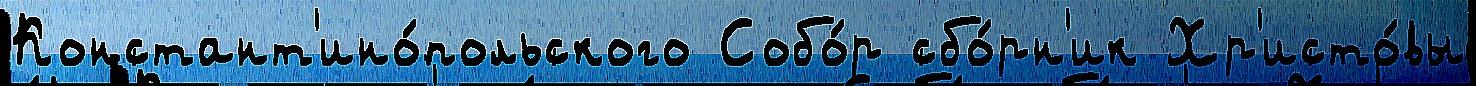
Констант'ино́польского Собо́р сбо́рн'ик Хр'исто́вы